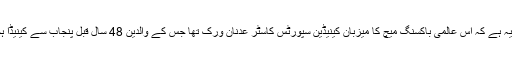
اس میچ کی خاص بات یہ ہے کہ اس عالمی باکسنگ میچ کا میزبان کینیڈین سپورٹس کاسٹر عدنان ورک تھا جس کے والدین 48 سال قبل پنجاب سے کینیڈا ہجرت کرکے آئے تھے۔